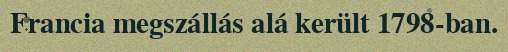
Francia megszállás alá került 1798-ban.